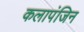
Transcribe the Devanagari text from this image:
कलापंजिन